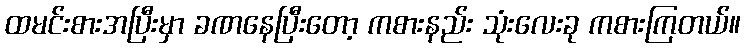
ထမင်းစားအပြီးမှာ ခဏနေပြီးတော့ ကစားနည်း သုံးလေးခု ကစားကြတယ်။